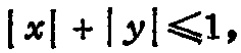
$|x| + |y|\leqslant1,$